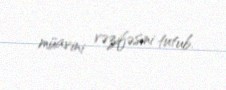
müavini vəzifəsini tutub.